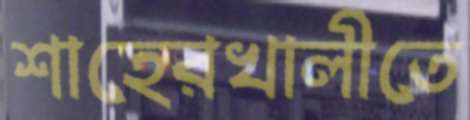
শাহেরখালীতে